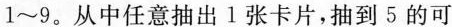
1~9。从中任意抽出1张卡片，抽到5的可